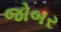
જોબર